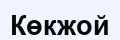
Көкжой